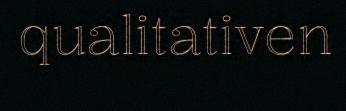
qualitativen